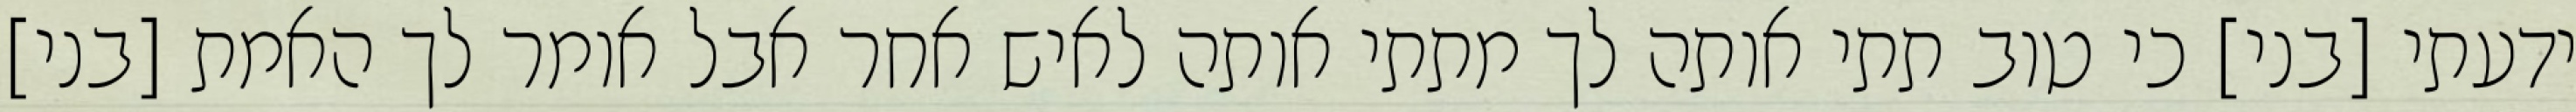
ידעתי [בני] כי טוב תתי אותה לך מתתי אותה לאיש אחר אבל אומר לך האמת [בני]